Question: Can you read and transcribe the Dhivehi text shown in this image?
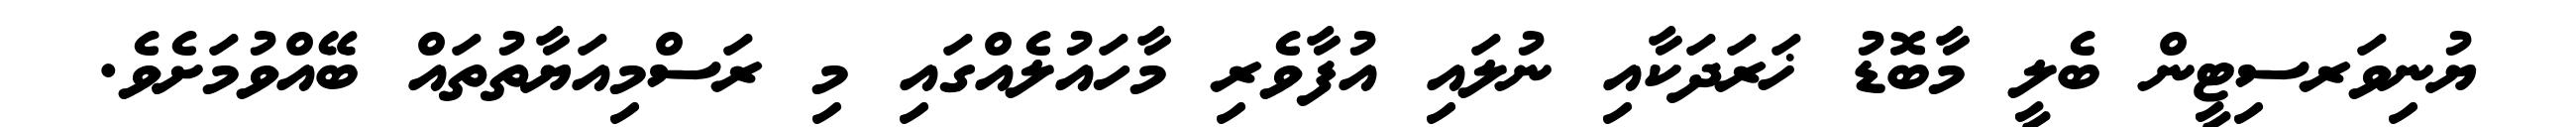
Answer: ޔުނިވަރސިޓީން ބެލީ މާބޮޑު ޚަރަދަކާއި ނުލައި އުފާވެރި މާހައުލެއްގައި މި ރަސްމިއަޔާތުތައް ބޭއްވުމަށެވެ.